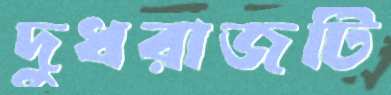
দুধরাজটি